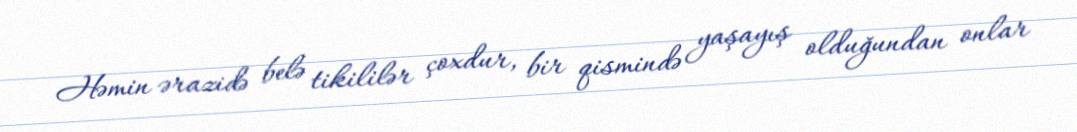
Həmin ərazidə belə tikililər çoxdur, bir qismində yaşayış olduğundan onlar